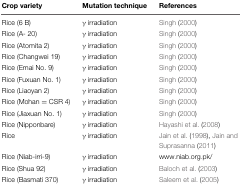
| Crop variety | Mutation technique | References |
 | --- | --- | --- |
 | Rice (6 B) | γ irradiation | Singh (2000) |
 | Rice (A- 20) | γ irradiation | Singh (2000) |
 | Rice (Atomita 2) | γ irradiation | Singh (2000) |
 | Rice (Changwei 19) | γ irradiation | Singh (2000) |
 | Rice (Emai No. 9) | γ irradiation | Singh (2000) |
 | Rice (Fuxuan No. 1) | γ irradiation | Singh (2000) |
 | Rice (Liaoyan 2) | γ irradiation | Singh (2000) |
 | Rice (Mohan = CSR 4) | γ irradiation | Singh (2000) |
 | Rice (Jiaxuan No. 1) | γ irradiation | Singh (2000) |
 | Rice (Nipponbare) | γ irradiation | Hayashi et al. (2008) |
 | Rice | γ irradiation | Jain et al. (1998), Jain and Suprasanna (2011) |
 | Rice (Niab-irri-9) | γ irradiation | www.niab.org.pk/ |
 | Rice (Shua 92) | γ irradiation | Baloch et al. (2003) |
 | Rice (Basmati 370) | γ irradiation | Saleem et al. (2005) |